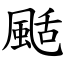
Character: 颳